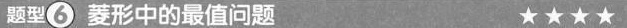
题型6菱形中的最值问题★★★★